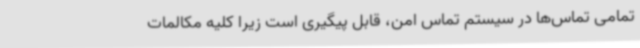
تمامی تماس‌ها در سیستم تماس امن، قابل پیگیری است زیرا کلیه مکالمات